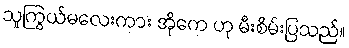
သူကြွယ်မလေးကား အိုကေ ဟု မီးစိမ်းပြသည်။